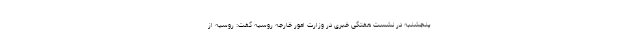
پنجشنبه در نشست هفتگی خبری در وزارت امور خارجه روسیه گفت: روسیه از